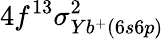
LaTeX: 4f^{13}\sigma_{Yb^{+}(6s6p)}^{2}